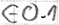
Text: E0.1